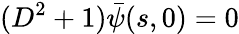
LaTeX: (D^{2}+1)\bar{\psi}(s,0)=0